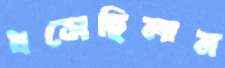
ধসেছিলাম